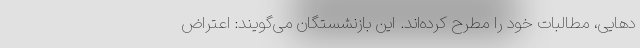
دهایی، مطالبات خود را مطرح کرده‌اند. این بازنشستگان می‌گویند: اعتراض